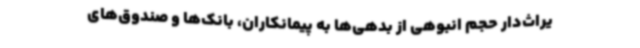
یراث‌دار حجم انبوهی از بدهی‌ها به پیمانکاران، بانک‌ها و صندوق‌های